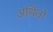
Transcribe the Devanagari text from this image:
अर्थितो